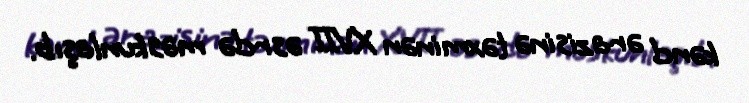
kənd ərazisinə təxminən XVII əsrdə məskunlaşıb.